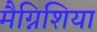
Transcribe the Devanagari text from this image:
मैग्निशिया